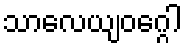
သာလေယျဝဂ္ဂေါ